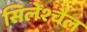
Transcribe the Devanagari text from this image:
सिलेश्चैल